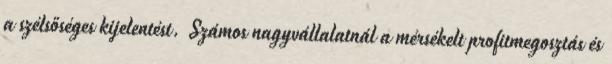
a szélsőséges kijelentést. Számos nagyvállalatnál a mérsékelt profitmegosztás és